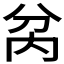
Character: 𭁋